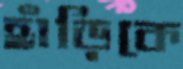
হাঁড়িকে